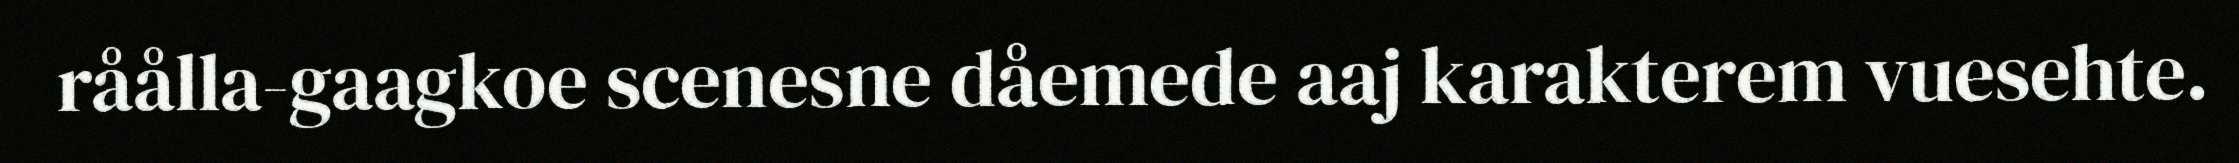
råålla-gaagkoe scenesne dåemede aaj karakterem vuesehte.